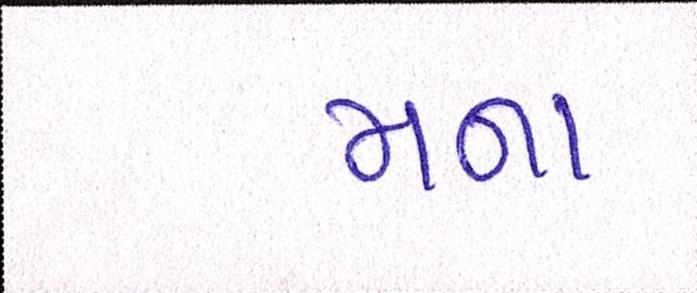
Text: મના